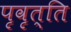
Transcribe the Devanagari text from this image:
पृवृत्ति